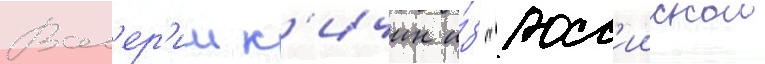
Вал'ер'ии к'ичин и́з "росс'иискои